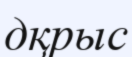
дқрыс